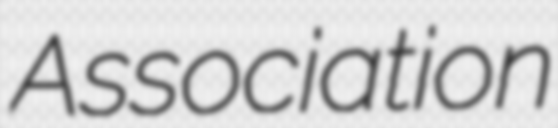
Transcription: Association